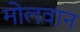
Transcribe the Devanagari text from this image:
मोलवान